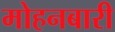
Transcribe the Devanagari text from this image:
मोहनबारी